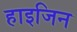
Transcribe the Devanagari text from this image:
हाइजिन